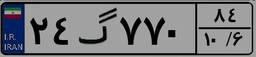
۲۴گ۷۷۰۸۴